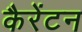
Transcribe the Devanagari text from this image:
कैरेंटन